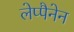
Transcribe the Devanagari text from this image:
लेप्पैनेन